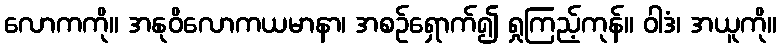
လောကကို။ အနုဝိလောကယမာနာ၊ အစဉ်ရှောက်၍ ရှုကြည့်ကုန်။ ဝါဒံ၊ အယူကို။